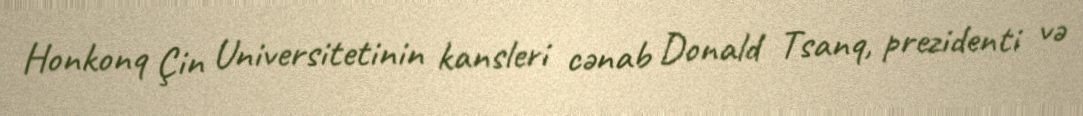
Honkonq Çin Universitetinin kansleri cənab Donald Tsanq, prezidenti və